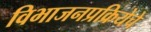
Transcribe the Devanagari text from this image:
विभाजनप्रक्रियेचे